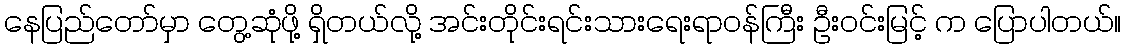
နေပြည်တော်မှာ တွေ့ဆုံဖို့ ရှိတယ်လို့ အင်းတိုင်းရင်းသားရေးရာဝန်ကြီး ဦးဝင်းမြင့် က ပြောပါတယ်။